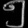
Digit: ၅